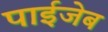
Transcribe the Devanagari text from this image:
पाईजेब